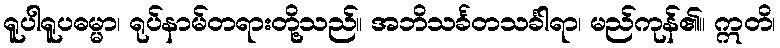
ရူပါရူပဓမ္မာ၊ ရုပ်နာမ်တရားတို့သည်။ အဘိသင်္ခတသင်္ခါရာ၊ မည်ကုန်၏။ ဣတိ၊